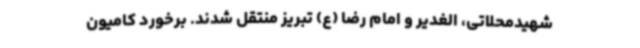
شهیدمحلاتی، الغدیر و امام رضا (ع) تبریز منتقل شدند. برخورد کامیون